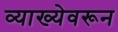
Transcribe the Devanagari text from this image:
व्याख्येवरून